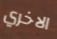
الاخري